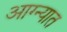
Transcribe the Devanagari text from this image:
आग्न्यात